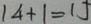
1 4 + 1 = 1 5